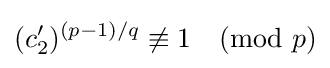
(c'_{2})^{(p-1)/q}\not \equiv 1{\pmod {p}}